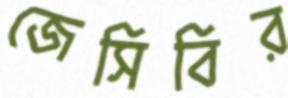
জেসিবির